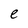
Character: e